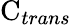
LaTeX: \mathrm{C}_{trans}